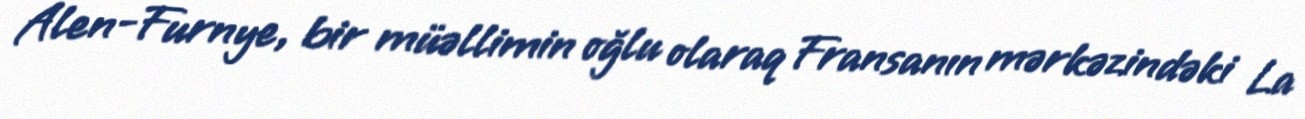
Alen-Furnye, bir müəllimin oğlu olaraq Fransanın mərkəzindəki La